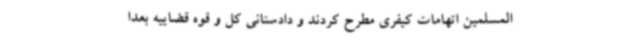
‌المسلمین اتهامات کیفری مطرح کردند و دادستانی کل و قوه قضاییه بعداً